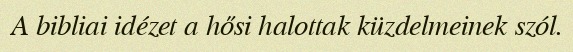
A bibliai idézet a hősi halottak küzdelmeinek szól.